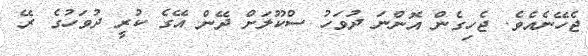
ޖެހޭނެއެވެ. ޖެހިގެން އޮންނަ ދުވަހު ސްކޫލަށް ދޭން އޭގެ ކުރީ ދުވަހުގެ ރޭ